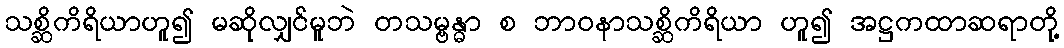
သစ္ဆိကိရိယာဟူ၍ မဆိုလျှင်မူဘဲ တသမ္ဗန္ဓာ စ ဘာဝနာသစ္ဆိကိရိယာ ဟူ၍ အဋ္ဌကထာဆရာတို့